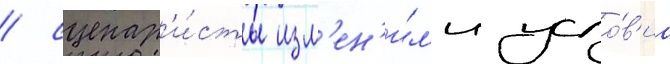
/ сценар'и́сты изм'ен'и́л'и усло́в'иа